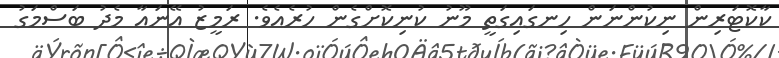
ކާކޮޓަރިން ނިކުންނަން ހިނގައިގަތީ މޫނު ކުނިކޮށްގެން ހުރެއެވެ. ރަމީޒު އޭނައާ މެދު ބަސްމަގު